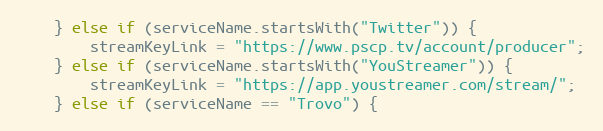
Language: C++
	} else if (serviceName.startsWith("Twitter")) {
		streamKeyLink = "https://www.pscp.tv/account/producer";
	} else if (serviceName.startsWith("YouStreamer")) {
		streamKeyLink = "https://app.youstreamer.com/stream/";
	} else if (serviceName == "Trovo") {